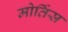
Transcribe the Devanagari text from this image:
मोर्तिस